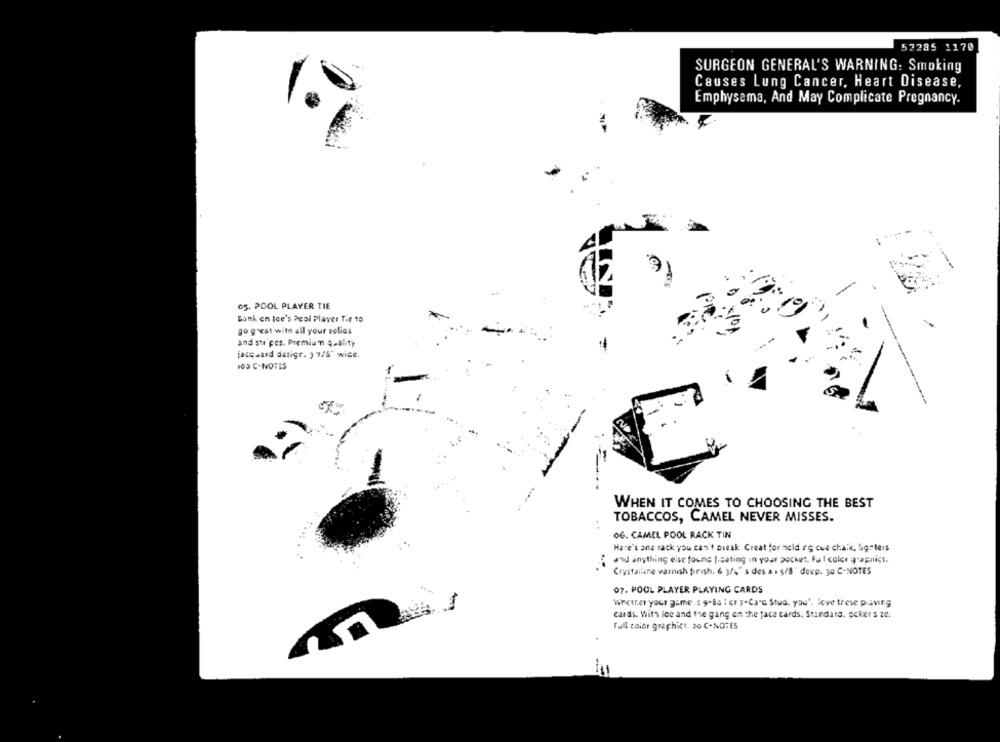
52285 1170
SURGEON GENERAL'S WARNING: Smoking
Causes Lung Cancer, Heart Disease,
Emphysema, And May Complicate Pregnancy.
05. POOL PLAYER TIE
Bank en Ice's Pool Player The 10
go great with all your solids
and ste pes. Premium quality
jacq aard datigr. ) 7/5" wice.
103 C-NOTES
WHEN IT COMES TO CHOOSING THE BEST
TOBACCOS, CAMEL NEVER MISSES.
OG. CAMEL POOL RACK TIN
Hare's ane rack you can't break Creat for held rg cue chalk, ligrters
and anything else found floating in your pocket. Fu I colce graphics.
Crystalline varnish finish. 6 3/4"'s des 3 . 5/8" deep. 30 C-NOTES
07. POOL PLAYER PLAYING CARDS
Whether your game .s 9-Ba : cr ;- Card Stud, you', love these paving
cards. With lee and the gang en the face cards. Standara. scker s ze.
Fall color graphict. 20 C-NOTES